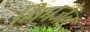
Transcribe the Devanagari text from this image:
निपजेल